Source: Handwritten
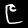
Digit: ၉ (9)